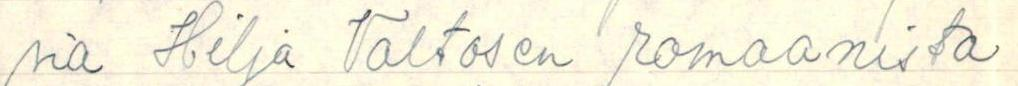
sia Hilja Valtosen romaanista